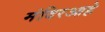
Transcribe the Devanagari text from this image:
मंदिरआहे